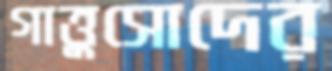
গাত্তুসোদের